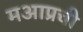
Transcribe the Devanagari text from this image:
मआप्रची